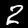
Digit: 2